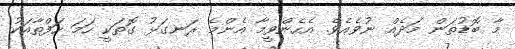
މާ ބޮޑުތަން މަދެއް ނުވެއެވެ. އެހެންވީމާ އެންމެ ރަނގަޅު ގޮތަކީ ހަމަ ހަފްތާއަކު